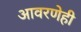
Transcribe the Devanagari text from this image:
आवरणेही